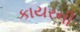
કાયરની